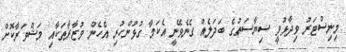
މިނިސްޓަރު ވިދާޅުވީ ސިޔާސަތުގެ ބަދަލެއް ގެނެވޭނީ އެކަމާ ގުޅުންހުރި އެހެން ވުޒާރާތަކާއި މަޝްވަރާކޮށް